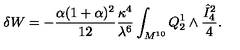
\delta W = - { \frac { \alpha ( 1 + \alpha ) ^ { 2 } } { 1 2 } } { \frac { \kappa ^ { 4 } } { \lambda ^ { 6 } } } \int _ { M ^ { 1 0 } } Q _ { 2 } ^ { 1 } \wedge { \frac { { \hat { I } _ { 4 } } ^ { 2 } } { 4 } } .